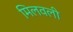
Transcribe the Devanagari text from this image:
मिलवली